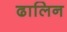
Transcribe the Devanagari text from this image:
ढालिन